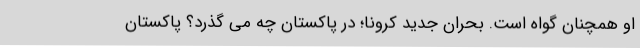
او همچنان گواه است. بحران جدید کرونا؛ در پاکستان چه می گذرد؟ پاکستان